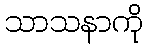
သာသနာကို